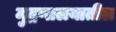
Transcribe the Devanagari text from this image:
मुद्रणालयातील